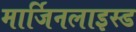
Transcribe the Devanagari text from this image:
मार्जिनलाइस्ड